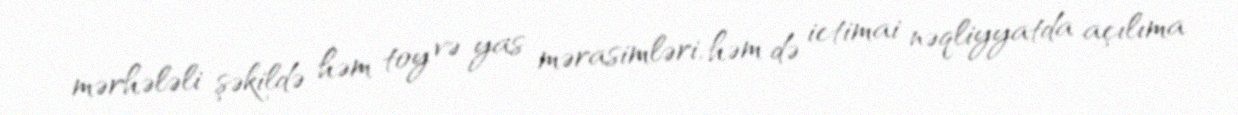
mərhələli şəkildə həm toy və yas mərasimləri, həm də ictimai nəqliyyatda açılıma